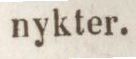
nykter.